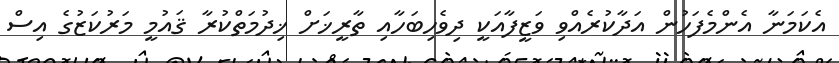
އެކަމަނާ އެންމެފަހުން އަދާކުރެއްވި ވަޒީފާއަކީ ދިވެހިބަހާއި ތާރީޚަށް ޚިދުމަތްކުރާ ޤައުމީ މަރުކަޒުގެ އިސް